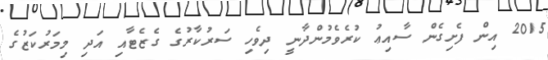
2015 އިން ފެށިގެން ސާއިޢު ކުރެވެމުންދާނީ ދިވެހި ސަރުކާރުގެ ގެޒެޓާއި އަދި މިމަރުކަޒުގެ